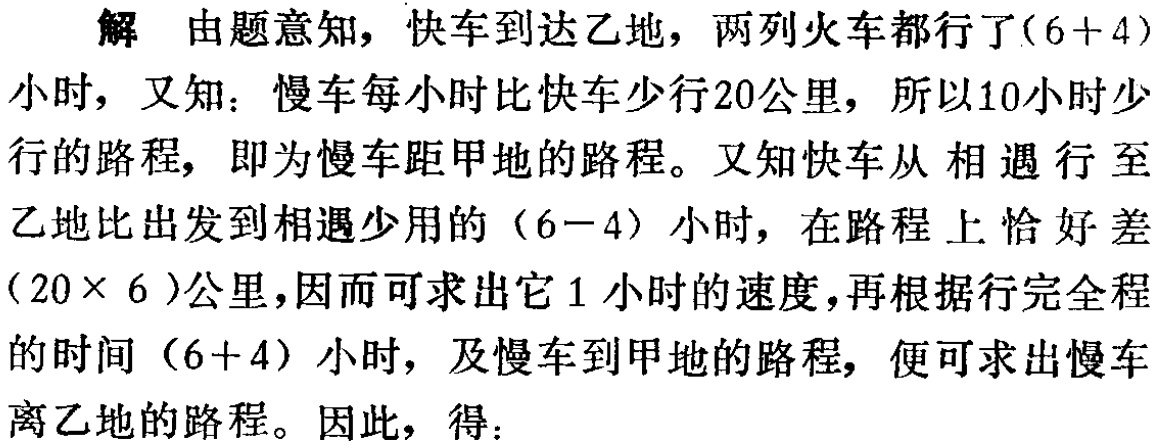
解 由题意知，快车到达乙地，两列火车都行了\((6 + 4)\)小时，又知：慢车每小时比快车少行20公里，所以10小时少行的路程，即为慢车距甲地的路程。又知快车从相遇行至乙地比出发到相遇少用的\((6 - 4)\)小时，在路程上恰好差\((20\times 6)\)公里，因而可求出它1小时的速度，再根据行完全程的时间\((6 + 4)\)小时，及慢车到甲地的路程，便可求出慢车离乙地的路程。因此，得：